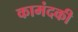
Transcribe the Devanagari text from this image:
कामंदकी